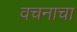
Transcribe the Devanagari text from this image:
वचनाचा